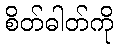
စိတ်ဓါတ်ကို